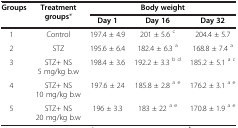
| Groups | Treatment groups* | <COLSPAN=3> Body weight |
 |  |  | Day 1 | Day 16 | Day 32 |
 | --- | --- | --- | --- | --- |
 | 1 | Control | 197.4 ± 4.9 | 201 ± 5.6 c | 204.4 ± 5.7 |
 | 2 | STZ | 195.6 ± 6.4 | 182.4 ± 6.3 a | 168.8 ± 7.4 a |
 | 3 | STZ+ NS 5 mg/kg b.w | 198.4 ± 3.6 | 192.2 ± 3.3 b d | 185.2 ± 5.1 a c |
 | 4 | STZ+ NS 10 mg/kg b.w | 197.6 ± 24 | 185.8 ± 2.8 a e | 176.2 ± 3.1 a e |
 | 5 | STZ+ NS 20 mg/kg b.w | 196 ± 3.3 | 183 ± 22 a e | 170.8 ± 1.9 a e |